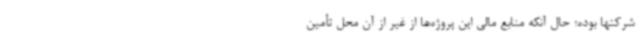
شرکتها بوده؛ حال آنکه منابع مالی این پروژه‌ها از غیر از آن محل تأمین